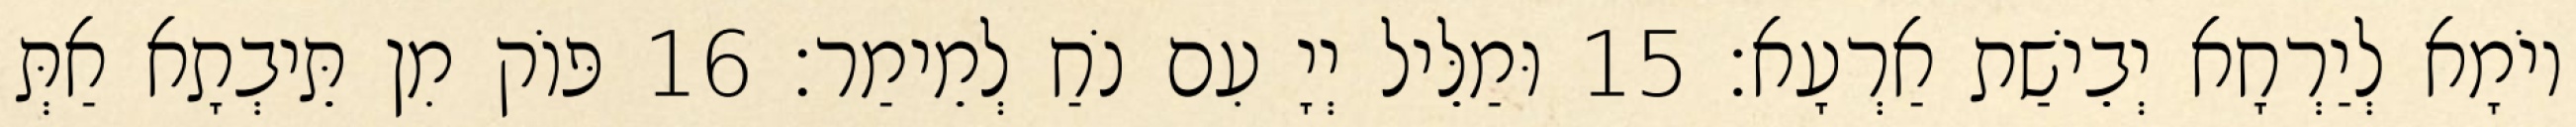
יוֹמָא לְיַרְחָא יְבֵישַׁת אַרְעָא׃ 15 וּמַלֵּיל יְיָ עִם נֹחַ לְמֵימַר׃ 16 פּוֹק מִן תֵּיבְתָא אַתְּ